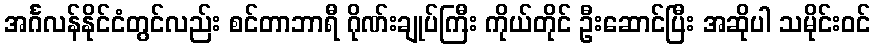
အင်္ဂလန်နိုင်ငံတွင်လည်း စင်တာဘာရီ ဂိုဏ်းချုပ်ကြီး ကိုယ်တိုင် ဦးဆောင်ပြီး အဆိုပါ သမိုင်းဝင်